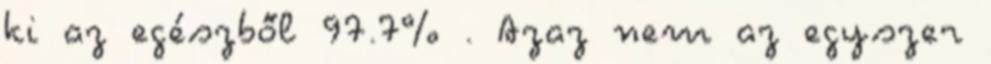
ki az egészből 97.7% . Azaz nem az egyszer